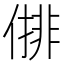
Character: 𠍣